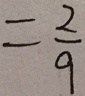
= \frac { 2 } { 9 }